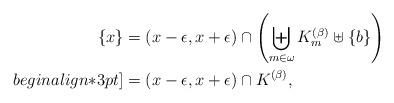
LaTeX: \begin{align*} \{x\}&=(x-\epsilon,x+\epsilon)\cap \left(\biguplus_{m\in\omega}K_m^{(\beta)}\uplus\{b\}\right)\\begin{align*}3pt] &=(x-\epsilon,x+\epsilon)\cap K^{(\beta)}, \end{align*}